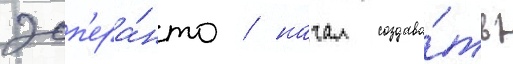
эсп'ера́нто / начал создава́ть